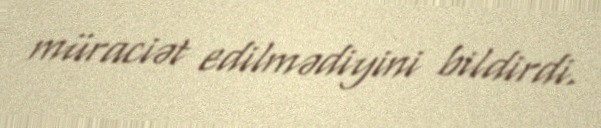
müraciət edilmədiyini bildirdi.